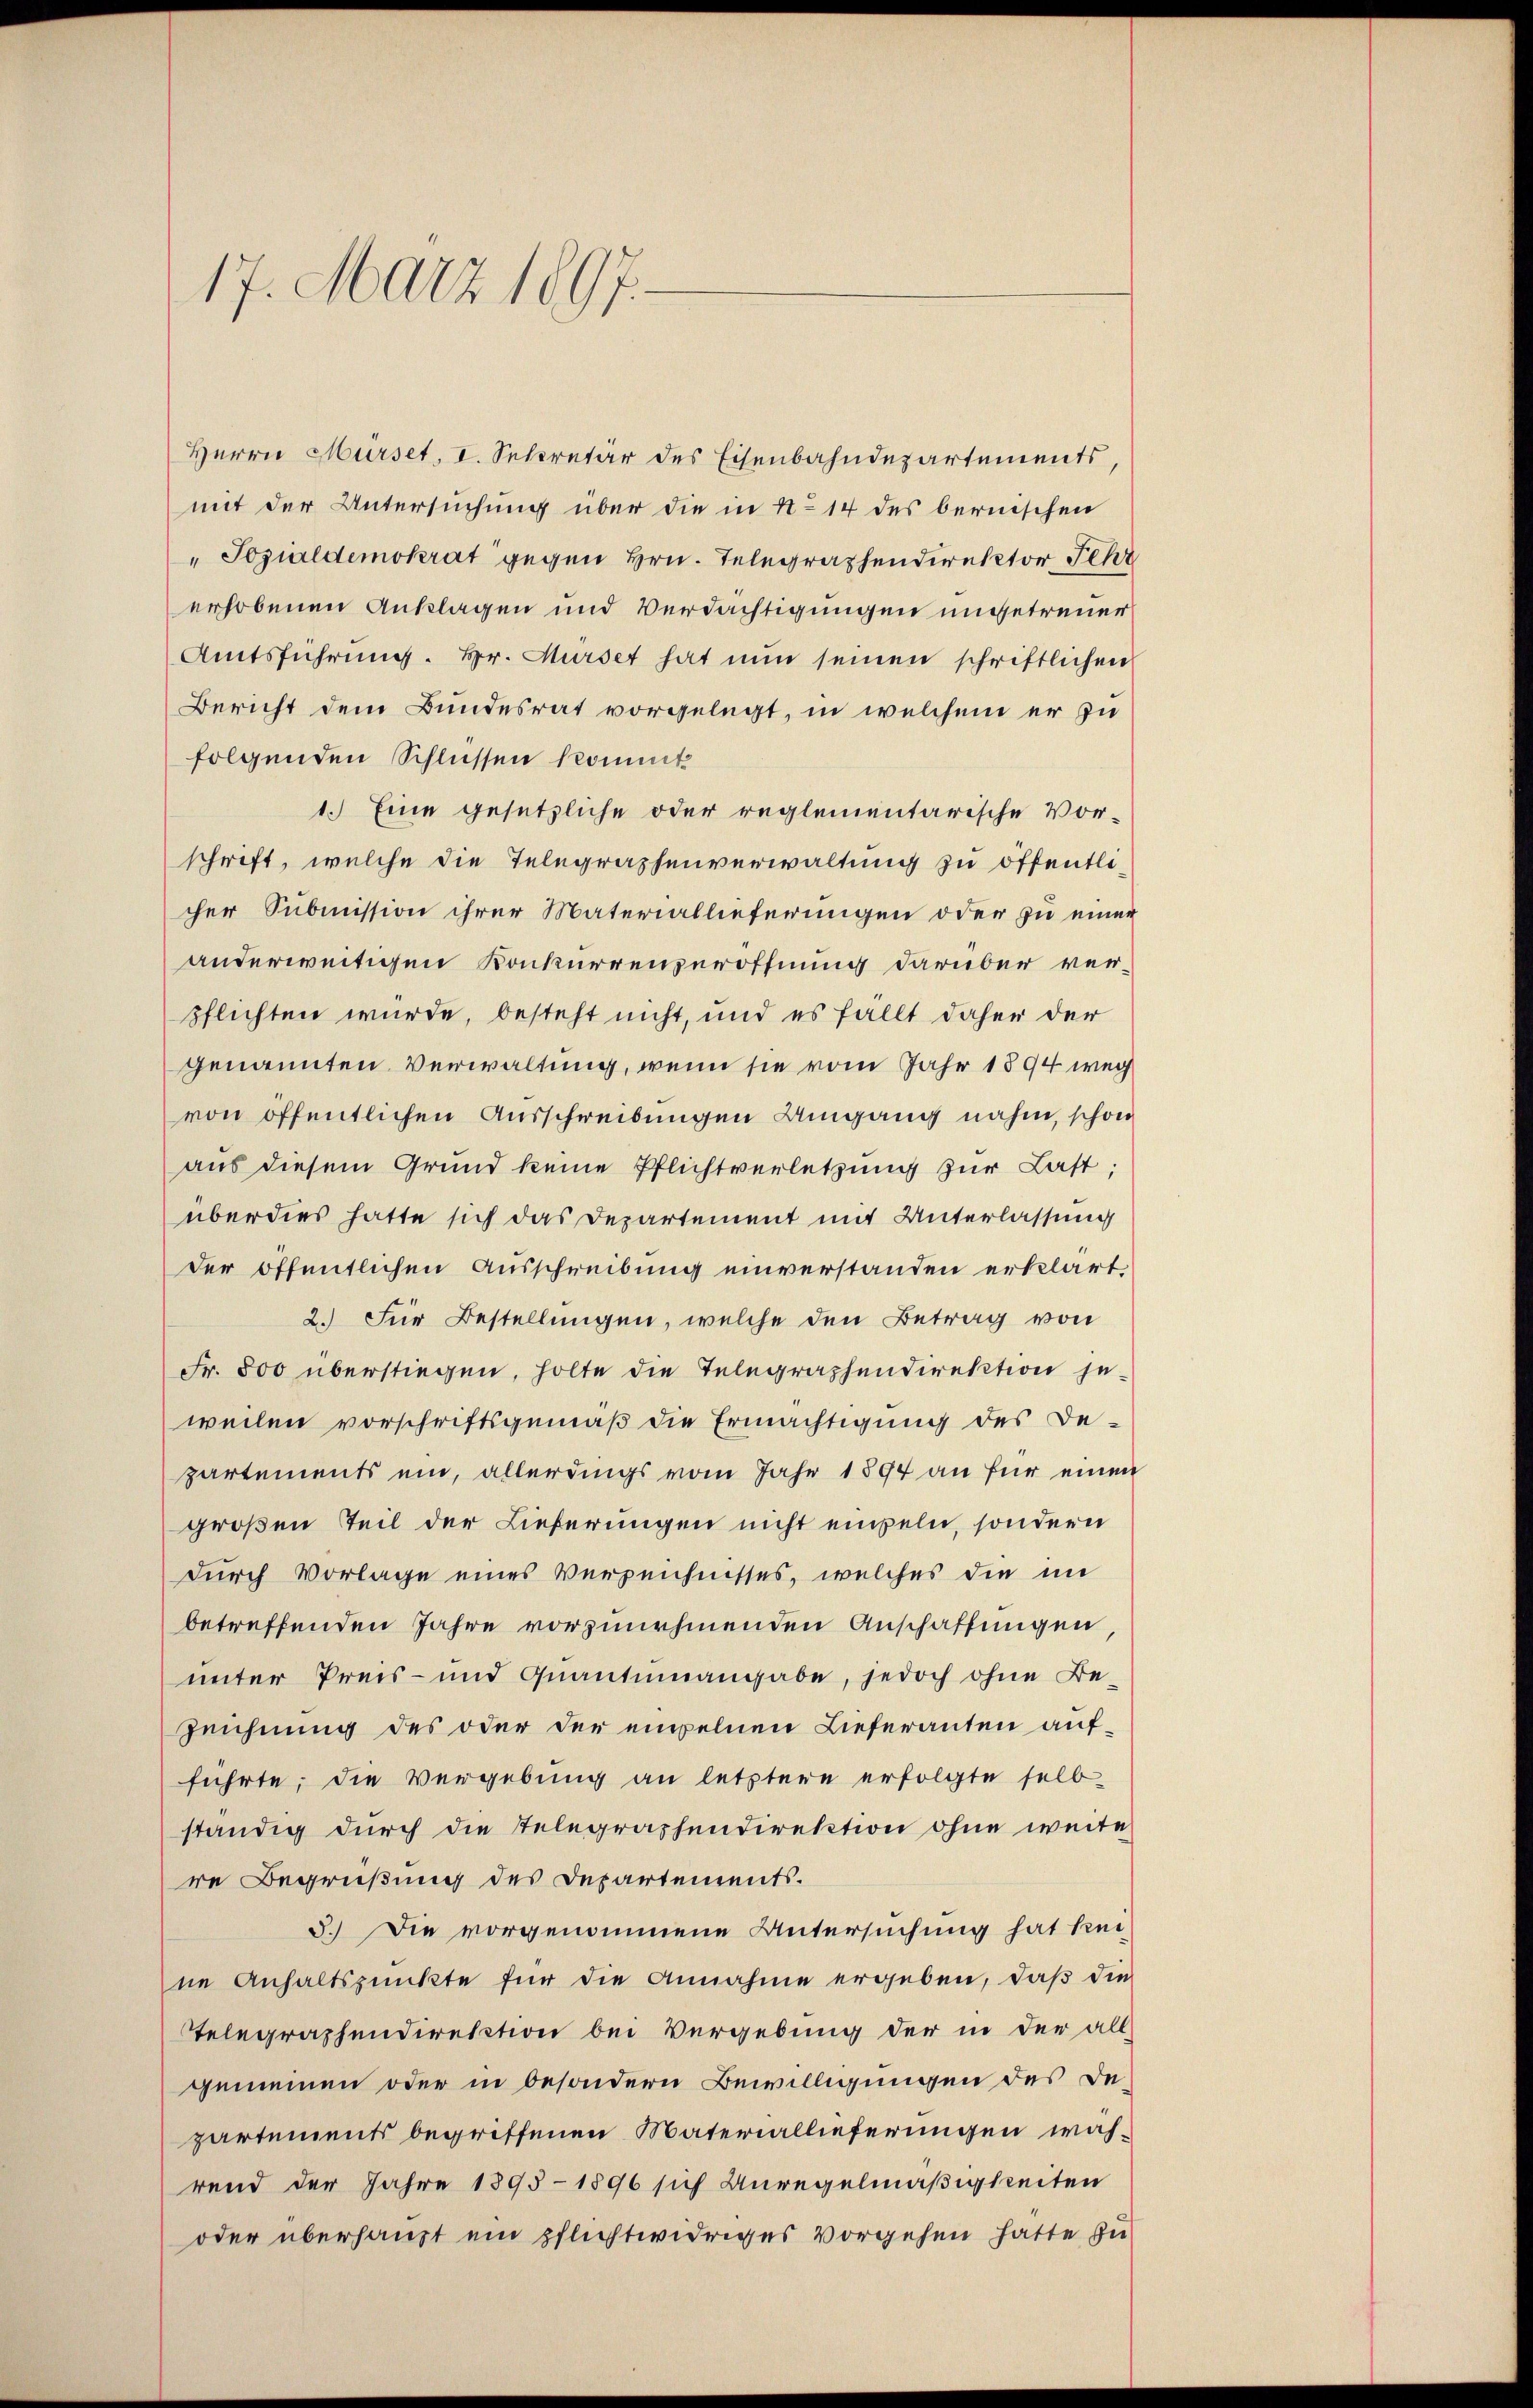
17. März 1897.

Herrn Mürset, I. Sekretär des Eisenbahndepartements,
mit der Untersuchung über die in No 14 des bernischen
"Sozialdemokrat gegen Hrn. Telegraphendirektor Schr
erhobenen Anklagen und Verdächtigungen ungetreuer
Amtsführung. Hr. Musset hat nun seinen schriftlichen
Bericht dem Bundesrat vorgelegt, in welchem er zu
folgenden Schlüssen kommt
1.) Eine gesetzliche oder reglementarische Vorschrift, welche die Telegraphenverwaltung zu öffentlicher Submission ihrer Materiallieferungen oder zu einer
anderweitigen Konkurrenzeröffnung darüber verpflichten würde, besteht nicht, und es fällt daher der
genannten Verwaltung, wenn sie vom Jahr 1894 weg
von öffentlichen Ausschreibungen Umgang nahm, schon
aus diesem Grund keine Pflichtverletzung zur Last;
überdies hatte sich das Departement mit Unterlassung
der öffentlichen Ausschreibung einverstanden erklärt,
2.) Für Bestellungen, welche den Betrag von
Fr. 800 überstiegen, holte die Telegraphendirektion jeweilen vorschriftsgemäß die Ermächtigung des Departements ein, allerdings vom Jahr 1894 an für einen
großen Teil der Lieferungen nicht einzeln, sondern
durch Vorlage eines Verzeichnisses, welches den im
betreffenden Jahre vorzunehmenden Anschaffungen
unter Preis- und Quantumangabe, jedoch ohne Be-
Zeichnung des oder der einzelnen Lieferanten aufführte, die Vergebung an letztere erfolgte selb
ständig durch die Telegraphendirektion ohne weite
re Begrüßung des Departements.
3.) Die vorgenommene Untersuchung hat kei-
ne Anhaltspunkte für die Annahme ergeben, daß die
Telegraphendirektion bei Vergebung der in der all-
gemeinen oder in besondern Bewilligungen des De-
partements begriffenen Materiallieferungen während der Jahre 1895 - 1896 sich Anregelmäßigkeiten
oder überhaupt ein pflichtwidriges Vorgehen hatte zu